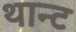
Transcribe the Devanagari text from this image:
थान्ट